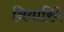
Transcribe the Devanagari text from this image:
नियारिये